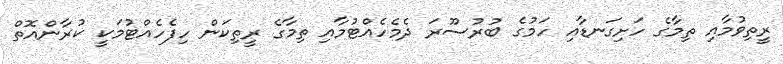
ރީތިވުމާއި ތިމާގެ ހަށިގަނޑާއި ހަމުގެ ބުރުސޫރަ ދެމެހެއްޓުމާއި ތިމާގެ ރީތިކަން ހިފެހެއްޓުމަކީ ކުރާންއޮތް